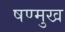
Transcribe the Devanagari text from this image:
षण्मुख